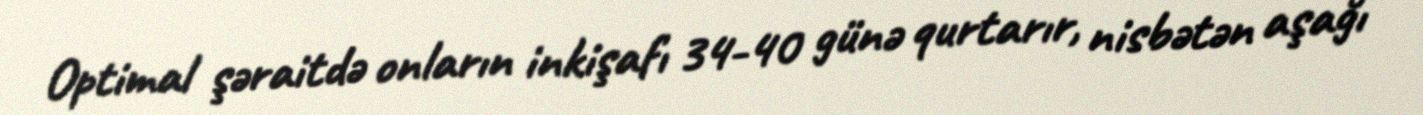
Optimal şəraitdə onların inkişafı 34-40 günə qurtarır, nisbətən aşağı